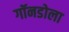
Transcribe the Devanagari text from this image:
गॉनडोला